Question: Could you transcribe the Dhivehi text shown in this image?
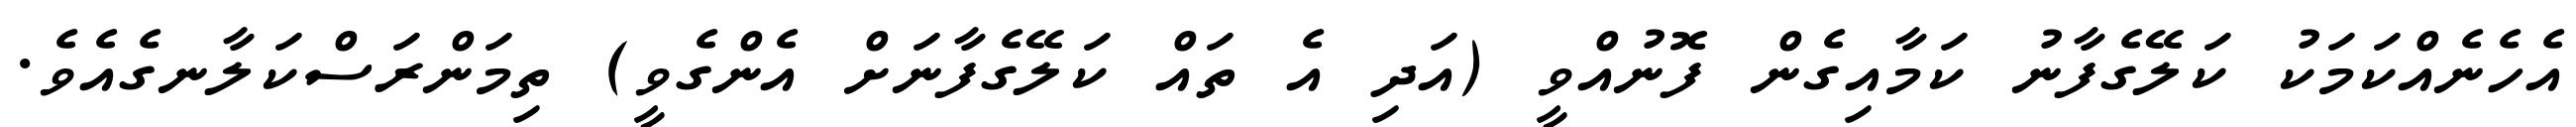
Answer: އެހެނެއްކަމަކު ކަލޭގެފާނު ކަމާއިގެން ފޮނުއްވީ (އަދި އެ ތައް ކަލޭގެފާނަށް އެންގެވީ) ތިމަންރަސްކަލާނގެއެވެ.